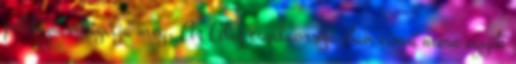
példája világítja meg. Az Aliz csodaországban című mese egyik